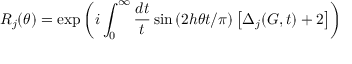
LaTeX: R _ { j } ( \theta ) = \exp \left( i \int _ { 0 } ^ { \infty } \frac { d t } { t } \sin \left( 2 h \theta t / \pi \right) \left[ \Delta _ { j } ( G , t ) + 2 \right] \right)